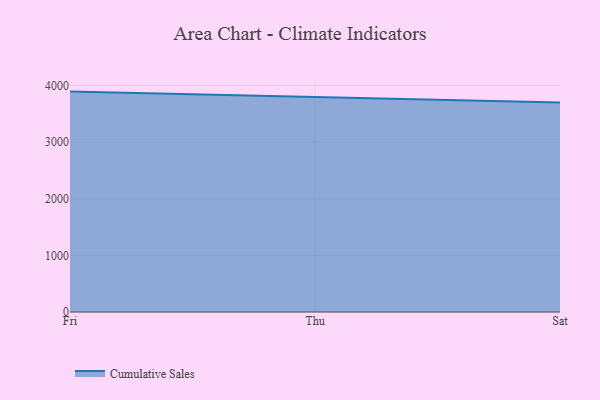
{"axis": {"x": "Day", "y": "Humidity (%)"}, "legend": ["Cumulative Sales"], "data": [{"x": "Fri", "y": 3893.1, "type": "Cumulative Sales"}, {"x": "Thu", "y": 3792.2, "type": "Cumulative Sales"}, {"x": "Sat", "y": 3702.4, "type": "Cumulative Sales"}]}